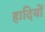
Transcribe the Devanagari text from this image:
हादियों